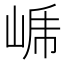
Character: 𭖤